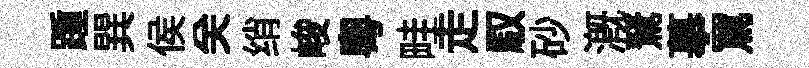
踵巽侯关绡峻粤畦走馭砂溉駑摹罵